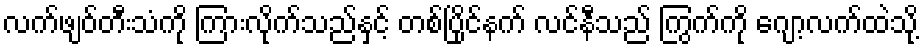
လက်ဖျဝ်တီးသံကို ကြားလိုက်သည်နှင့် တစ်ပြိုင်နက် လင်နီသည် ကြွက်ကို ဂျော့လက်ထဲသို့